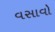
વસાવો